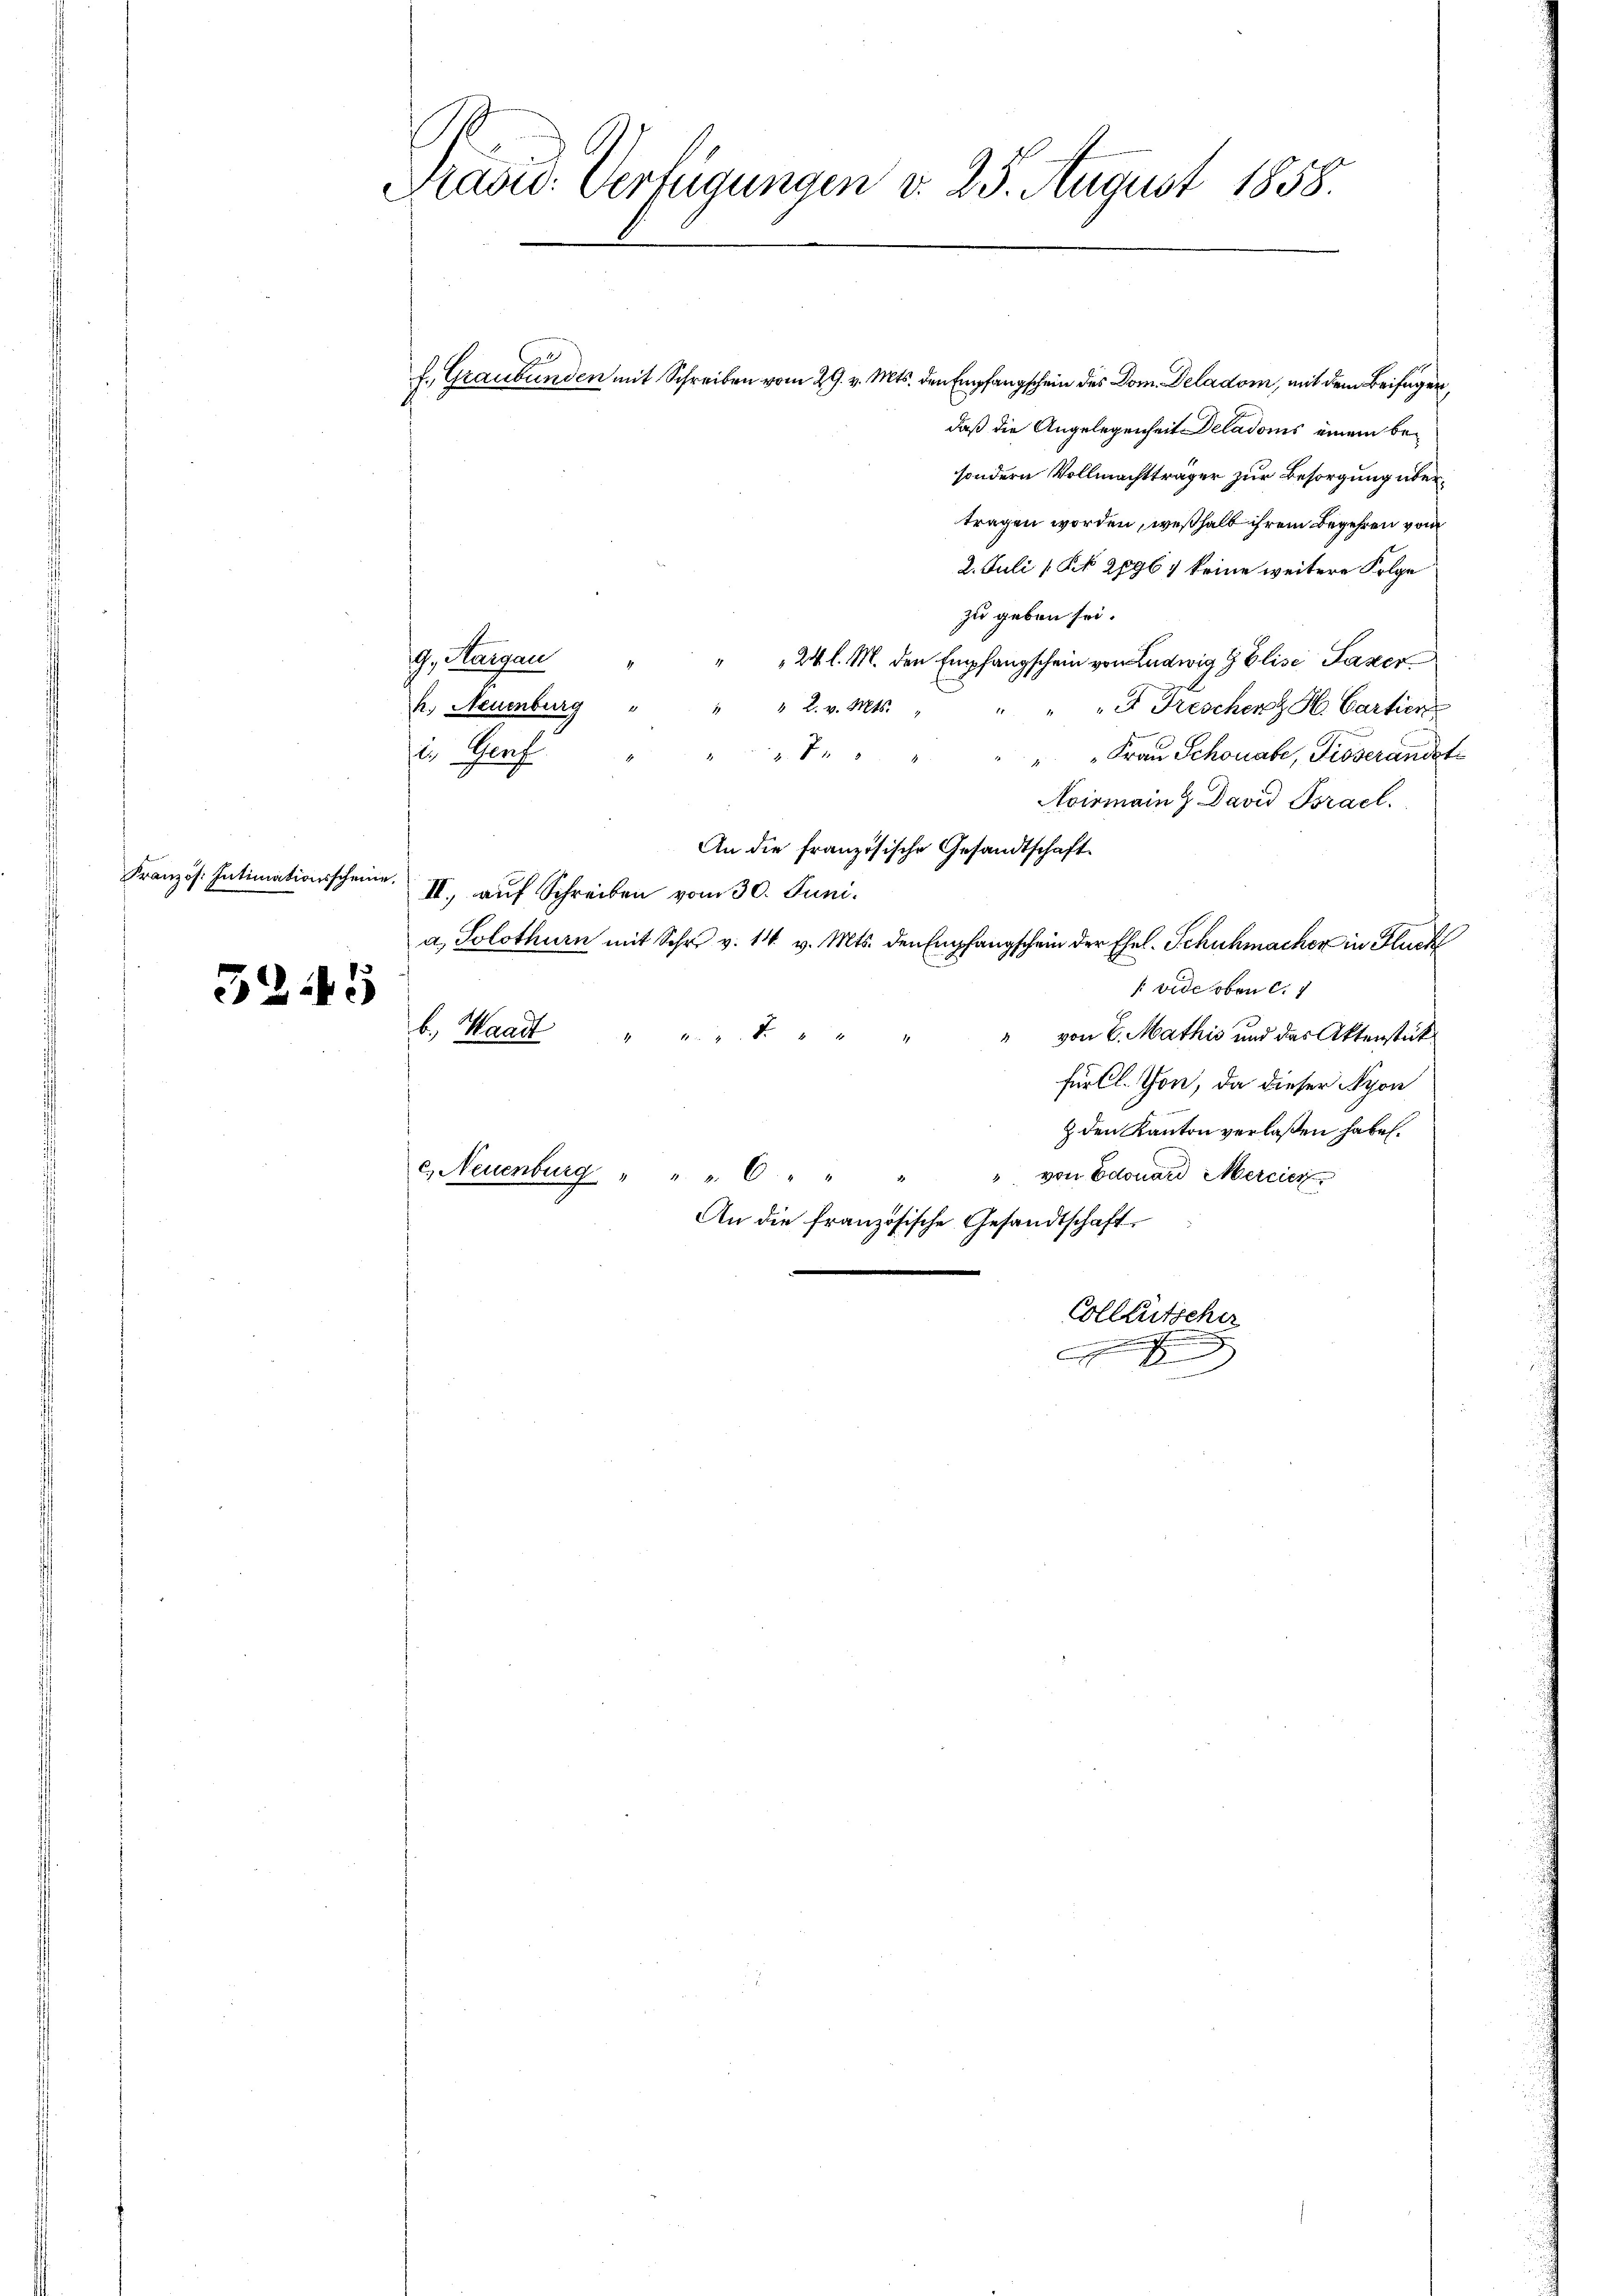
Französ. Intimationsscheine.

3245

Pašid. Verfügungen d. 25. August 1858.

f. Graubünden mit Schreiben vom 29. v. Mts. den Empfangschein des Dom. Deladom, mit dem Beifügen,
daß die Angelegenheit Deladons einem besondern Vollmachtträger zur Besorgung übertragen worden, weßhalb ihrem Begehren vom
2. Juli (§ 2096 ; keine weitere Folge
zu geben sei.
19, Aargau
" 24 l. M. den Empfangschein von Ludwig G Elise Faser
 2. v. Mts.
k. Neuenburg
" " Freschen H. Cartien
i. Genf
 70
" Frau Schonabe, Pioverändete
Aoirmain  David Bsrael.
An die französische Gesandtschaft
II., auf Schreiben vom 30. Juni.
a. Solothurn mit Schr. v. 14 v. Mts. den Empfangschein der Ehel. Schuhmacher in Fluch
 vide oben d. 1
b. Waadt
" von E. Mathis und des Aktenstück
 f 2 x
für Cl. Thon, da dieser Nyon
& den Kanton verlaßen habe.
c) Neuenburg " " " 6 " "
" von Edouard Mercier
An die französische Gesandtschaft
Colletscher
e